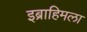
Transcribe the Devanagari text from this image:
इब्राहिमला